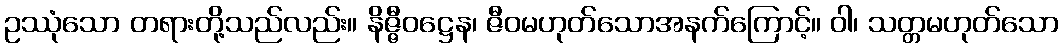
ဥဿုံသော တရားတို့သည်လည်း။ နိဇ္ဇီဝဋ္ဌေန၊ ဇီဝမဟုတ်သောအနက်ကြောင့်။ ဝါ၊ သတ္တမဟုတ်သော